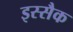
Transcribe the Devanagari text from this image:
इस्सैक